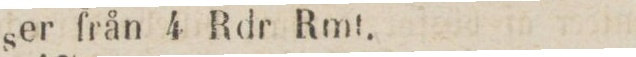
ser från 4 Rdr Rmt.